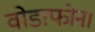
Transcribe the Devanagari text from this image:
वोडाफोन।